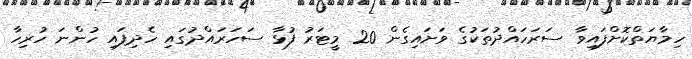
ހިމާޔަތްކޮށްފައިވާ ސަރަހައްދުތަކުގެ ވަށައިގެން 20 މީޓަރު ފުޅާ ސަހަރައްދުގައި ހެދިފައި ހުންނަ ހުރިހާ